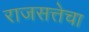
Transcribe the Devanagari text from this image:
राजसत्तेचा